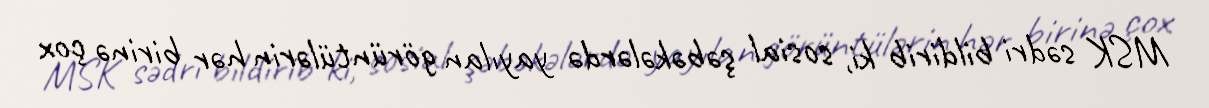
MSK sədri bildirib ki, sosial şəbəkələrdə yayılan görüntülərin hər birinə çox